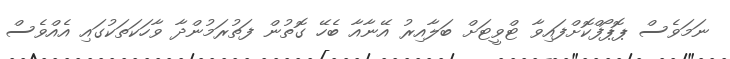
ނަމަވެސް ޕޮޕޯފްކޮށްފައިވާ ޓްވީޓަށް ބަލާއިރު އޭނާއާ ބެހޭ ގޮތުން ފަތުރަމުންދާ ވާހަކަތަކުގައި އެއްވެސް